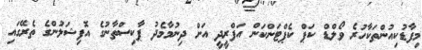
މިފާޑުކިއުންތަކާހުރެ ވޯލްޑް ކަޕް ކެޕްޓަންކަން އަފްރީދީ އަށް ދިނުމާމެދު ޕާކިސްތާނުގެ އޮފިޝަލުންގެ ތެރޭގައި